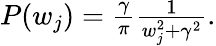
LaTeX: \begin{array}{r}{P(w_{j})=\frac{\gamma}{\pi}\frac{1}{w_{j}^{2}+\gamma^{2}}.}\end{array}